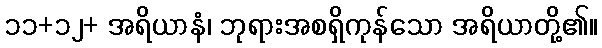
၁၁+၁၂+ အရိယာနံ၊ ဘုရားအစရှိကုန်သော အရိယာတို့၏။